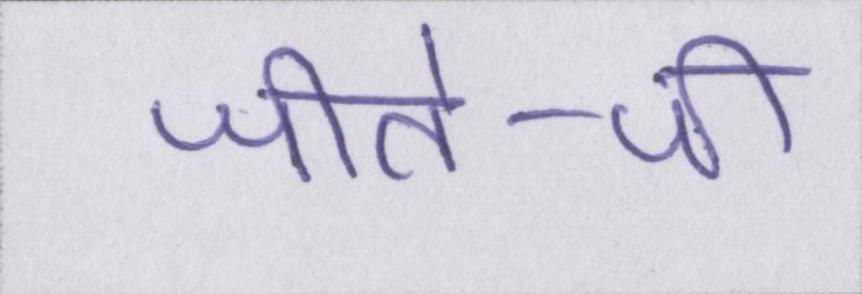
जीते-जी